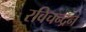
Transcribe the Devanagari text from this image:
रविचन्द्रन